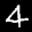
Label: 4